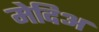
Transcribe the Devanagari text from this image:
मेदिअ